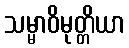
သမ္မာဝိမုတ္တိယာ